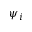
\psi _ { i }